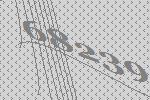
68239